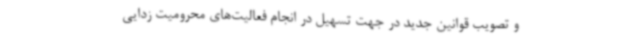
و تصویب قوانین جدید در جهت تسهیل در انجام فعالیت‌های محرومیت زدایی